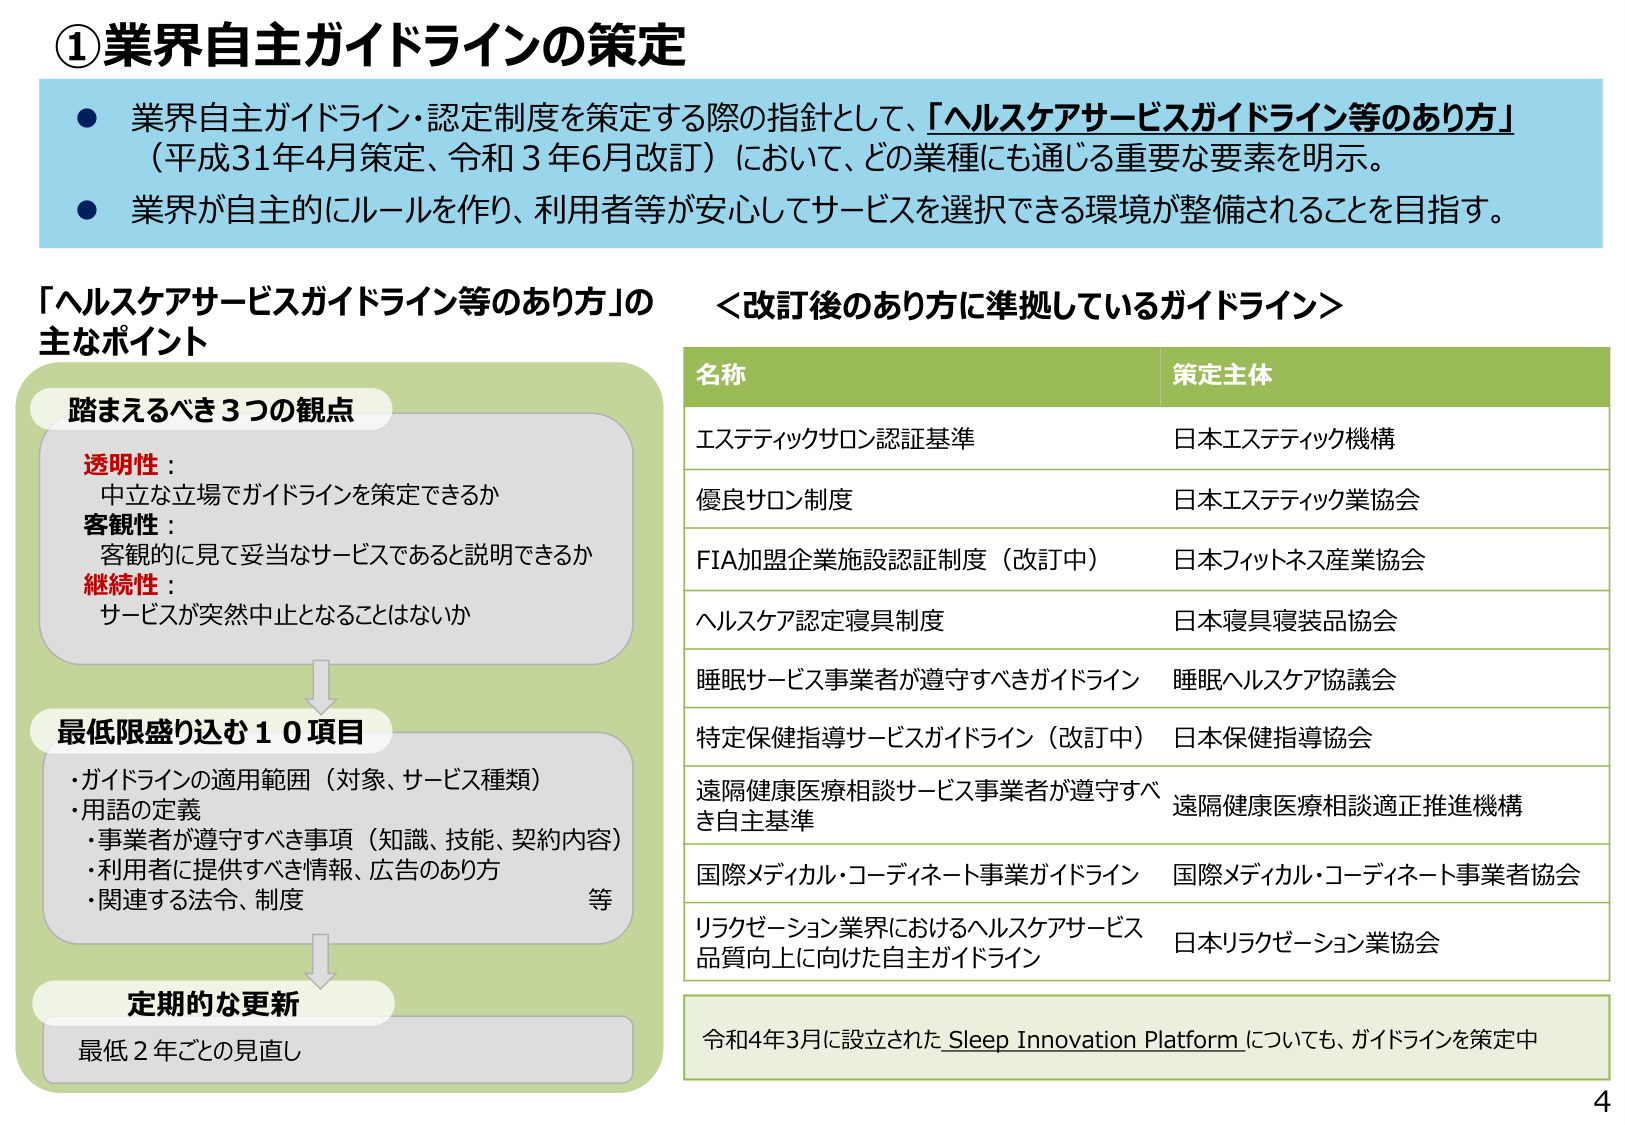
①業界自主ガイドラインの策定

● 業界自主ガイドライン・認定制度を策定する際の指針として、「ヘルスケアサービスガイドライン等のあり方」（平成31年4月策定、令和3年6月改訂）において、どの業種にも通じる重要な要素を明示。
● 業界が自主的にルールを作り、利用者等が安心してサービスを選択できる環境が整備されることを目指す。

「ヘルスケアサービスガイドライン等のあり方」の主なポイント

踏まえるべき3つの観点
透明性：
中立な立場でガイドラインを策定できるか
客観性：
客観的に見て妥当なサービスであると説明できるか
継続性：
サービスが突然中止となることはないか

最低限盛り込む10項目
・ガイドラインの適用範囲（対象、サービス種類）
・用語の定義
・事業者が遵守すべき事項（知識、技能、契約内容）
・利用者に提供すべき情報、広告のあり方
・関連する法令、制度　等

定期的な更新
最低2年ごとの見直し

＜改訂後のあり方に準拠しているガイドライン＞

名称　　　　　　　　　　　　　　　　　　　　　　　　　策定主体
エステティックサロン認証基準　　　　　　　　　　　　日本エステティック機構
優良サロン制度　　　　　　　　　　　　　　　　　　　日本エステティック業協会
FIA加盟企業施設認証制度（改訂中）　　　　　　　　日本フィットネス産業協会
ヘルスケア認定寝具制度　　　　　　　　　　　　　　日本寝具寝装品協会
睡眠サービス事業者が遵守すべきガイドライン　　　　睡眠ヘルスケア協議会
特定保健指導サービスガイドライン（改訂中）　　　　日本保健指導協会
遠隔健康医療相談サービス事業者が遵守すべき自主基準　遠隔健康医療相談適正推進機構
国際メディカル・コーディネート事業ガイドライン　　国際メディカル・コーディネート事業者協会
リラクセーション業界におけるヘルスケアサービス品質向上に向けた自主ガイドライン　日本リラクセーション業協会

令和4年3月に設立されたSleep Innovation Platformについても、ガイドラインを策定中

4